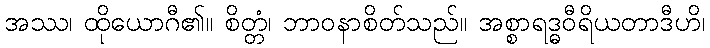
အဿ၊ ထိုယောဂီ၏။ စိတ္တံ၊ ဘာဝနာစိတ်သည်။ အစ္စာရဒ္ဓဝီရိယတာဒီဟိ၊